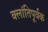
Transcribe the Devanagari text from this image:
क्लांतिपूर्वक